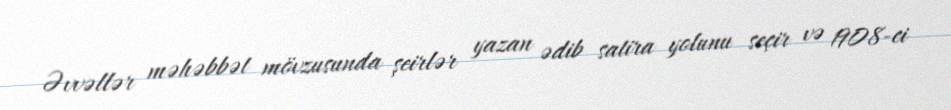
Əvvəllər məhəbbət mövzusunda şeirlər yazan ədib satira yolunu seçir və 1908-ci